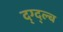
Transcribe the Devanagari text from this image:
द्ग्द्ल्ब